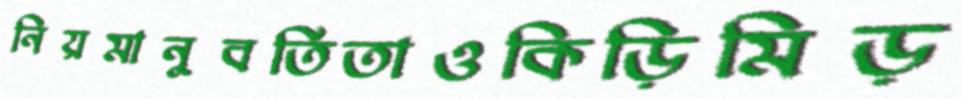
নিয়মানুবর্তিতাওকিড়িমিড়